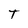
Character: T